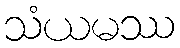
သံယမဿ